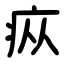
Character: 疭